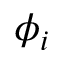
\phi _ { i }